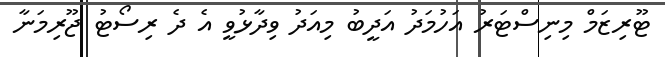
ޓޫރިޒަމް މިނިސްޓަރު އަހުމަދު އަދީބު މިއަދު ވިދާޅުވީ އެ ދެ ރިސޯޓު ޖޫރިމަނާ